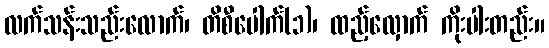
လက်သန်းသည်းလောက်၊ တိစီပေါက်(၁)၊ ထည့်လှောက် ကိုးပါးတည်း။